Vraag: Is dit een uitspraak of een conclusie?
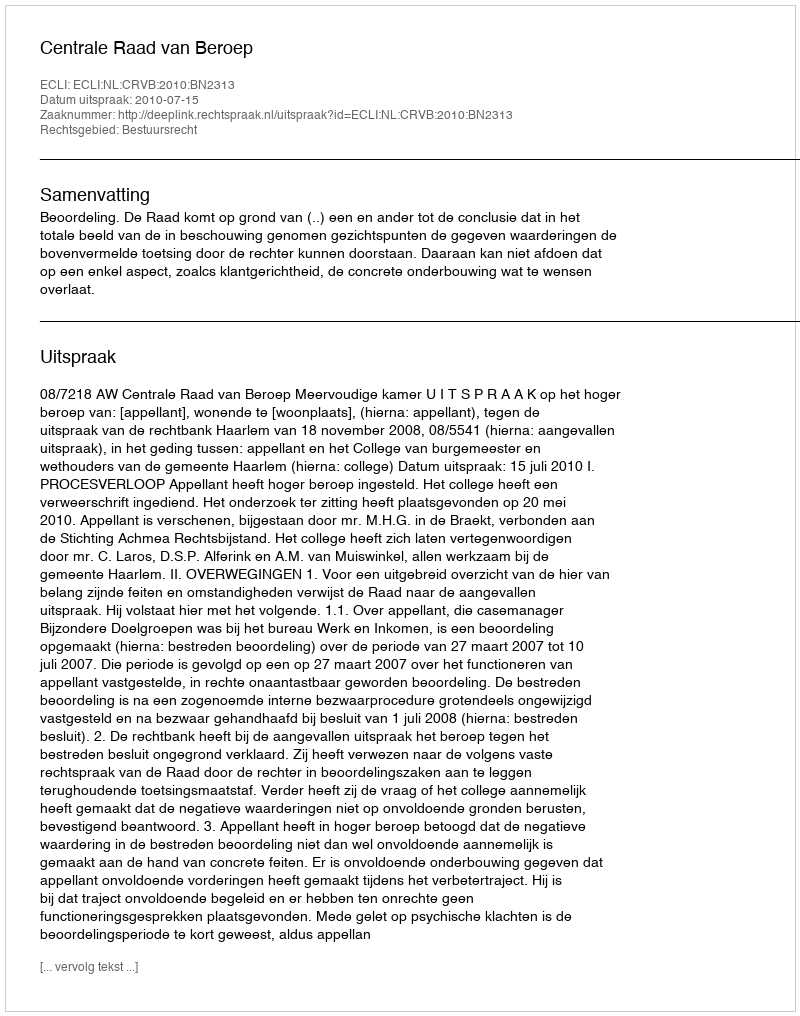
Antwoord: Uitspraak